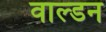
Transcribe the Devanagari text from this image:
वाल्डन